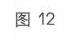
图 12